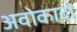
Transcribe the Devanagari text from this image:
अवोकादो